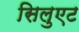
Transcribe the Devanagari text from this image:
सिलुएट